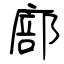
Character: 廍